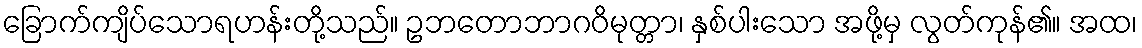
ခြောက်ကျိပ်သောရဟန်းတို့သည်။ ဥဘတောဘာဂဝိမုတ္တာ၊ နှစ်ပါးသော အဖို့မှ လွတ်ကုန်၏။ အထ၊